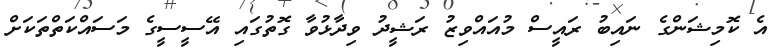
އެ ކޮމިޝަންގެ ނައިބު ރައީސް މުއައްވިޒު ރަޝީދު ވިދާޅުވާ ގޮތުގައި އޭސީސީގެ މަސައްކަތްތަކަށް